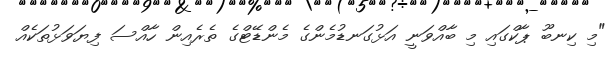
"މި ކިނބޫ ޕާކްގައި މި ބާއްވަނީ އަޅުގަނޑުމެންގެ މެންޑޭޓްގެ ތެރެއިން ހާއްސަ ފިޔަވަޅުތަކެއް